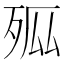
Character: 𭮊